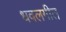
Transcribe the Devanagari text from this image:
धवलगीत